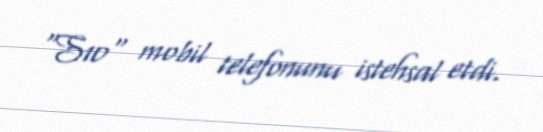
“S10" mobil telefonunu istehsal etdi.